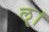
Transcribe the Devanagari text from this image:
ॡ।